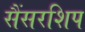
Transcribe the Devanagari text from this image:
सैंसरशिप